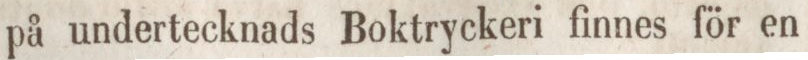
på undertecknads Boktryckeri finnes för en